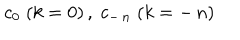
\: c _ { 0 } \; ( k = 0 ) \, , \; c _ { - \, n } \; ( k = - \, n ) \: